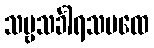
သဗ္ဗသင်္ခါရသမထေ